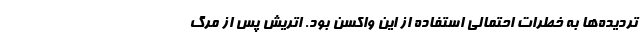
تردیده‌ها به خطرات احتمالی استفاده از این واکسن بود. اتریش پس از مرگ